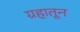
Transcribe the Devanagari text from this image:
ग्रहातून